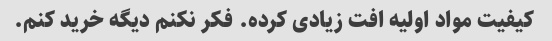
کیفیت مواد اولیه افت زیادی کرده. فکر نکنم دیگه خرید کنم.